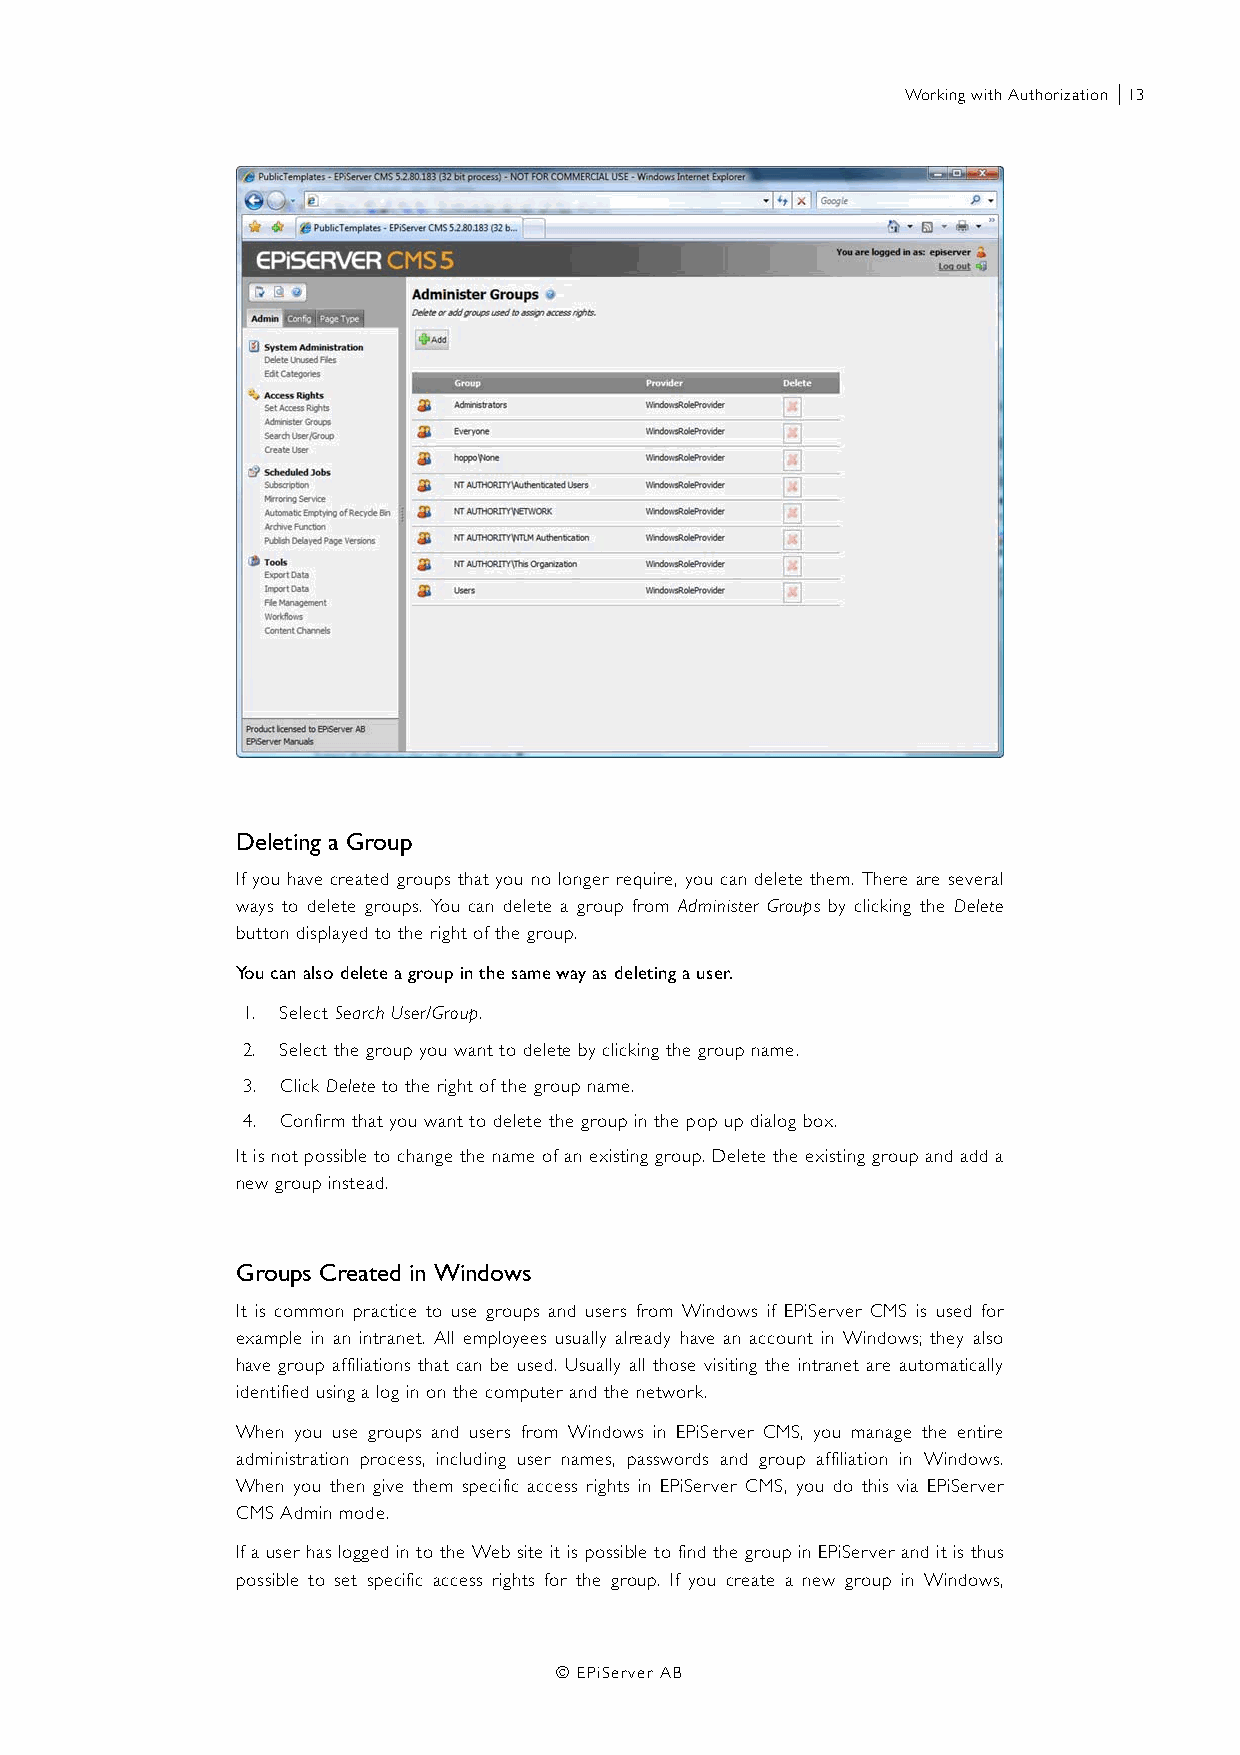
Working with Authorization |13
 Deleting a Group
 If you have created groups that you no longer require, you can delete them. There are several
 ways to delete groups. You can delete a group from Administer Groups by clicking the Delete
 button displayed to the right of the group.
 You can also delete a group in the same way as deleting a user.
 1. Select Search User/Group.
 2. Select the group you want to delete by clicking the group name.
 3. Click Delete to the right of the group name.
 4. Confirm that you want to delete the group in the pop up dialog box.
 It is not possible to change the name of an existing group. Delete the existing group and add a
 new group instead.
 Groups Created in Windows
 It is common practice to use groups and users from Windows if EPiServer CMS is used for
 example in an intranet. All employees usually already have an account in Windows; they also
 have group affiliations that can be used. Usually all those visiting the intranet are automatically
 identified using a log in on the computer and the network.
 When you use groups and users from Windows in EPiServer CMS, you manage the entire
 administration process, including user names, passwords and group affiliation in Windows.
 When you then give them specific access rights in EPiServer CMS, you do this via EPiServer
 CMS Admin mode.
 If a user has logged in to the Web site it is possible to find the group in EPiServer and it is thus
 possible to set specific access rights for the group. If you create a new group in Windows,
 © EPiServer AB